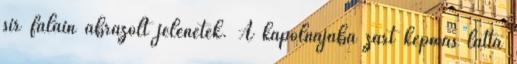
sír falain ábrázolt jelenetek. A kápolnájába zárt képmás látta